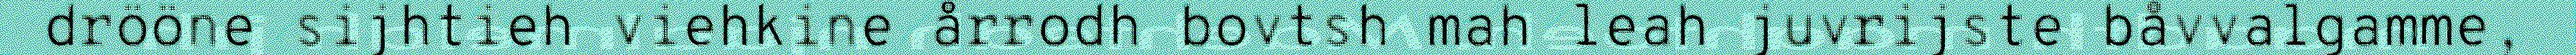
drööne sijhtieh viehkine årrodh bovtsh mah leah juvrijste båvvalgamme,